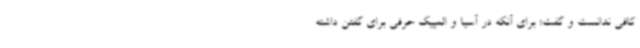
کافی ندانست و گفت: برای آنکه در آسیا و المپیک حرفی برای گفتن داشته